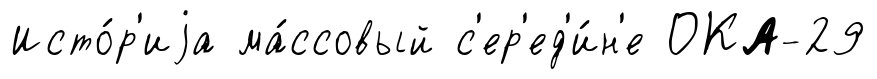
Исто́р'иjа ма́ссовый с'ер'ед'и́н'е ОКА-29